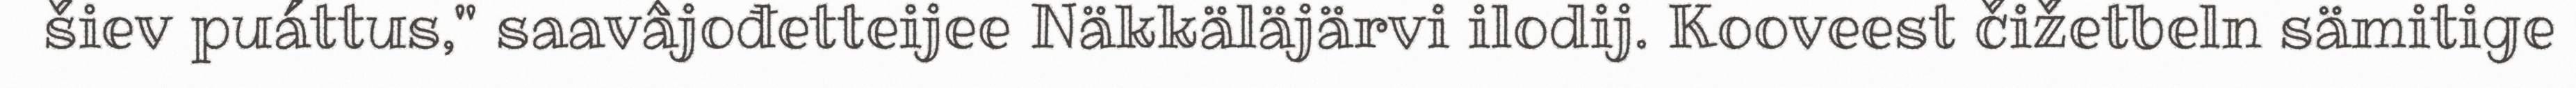
šiev puáttus," saavâjođetteijee Näkkäläjärvi ilodij. Kooveest čižetbeln sämitige